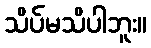
သိပ်မသိပါဘူး။